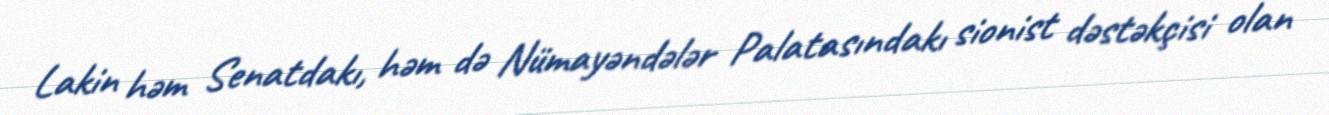
Lakin həm Senatdakı, həm də Nümayəndələr Palatasındakı sionist dəstəkçisi olan